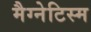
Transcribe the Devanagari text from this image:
मैग्नेटिस्म